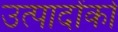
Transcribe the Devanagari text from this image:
उत्पादोंको